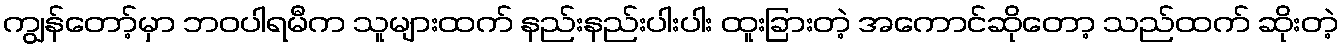
ကျွန်တော့်မှာ ဘဝပါရမီက သူများထက် နည်းနည်းပါးပါး ထူးခြားတဲ့ အကောင်ဆိုတော့ သည်ထက် ဆိုးတဲ့